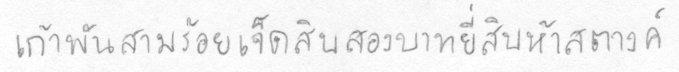
เก้าพันสามร้อยเจ็ดสิบสองบาทยี่สิบห้าสตางค์